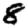
Digit: 8